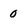
Character: 0